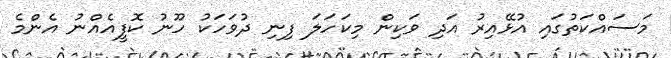
މަސައްކަތުގައި އުޅޭއިރު އަދި ވަކިން މިކަހަލަ ފިނި ދުވަހަކު ހޫނު ކޮފީއެއްނު އެންމެ